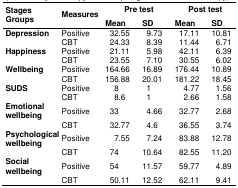
| <ROWSPAN=2> StagesGroups | <ROWSPAN=2> Measures | <COLSPAN=2> Pre test | <COLSPAN=2> Post test |
 | Mean | SD | Mean | SD |
 | --- | --- | --- | --- | --- | --- |
 | Depression | Positive | 032.55 | 09.73 | 017.11 | 10.81 |
 |  | CBT | 024.33 | 08.39 | 011.44 | 06.71 |
 | Happiness | Positive | 021.11 | 05.98 | 042.11 | 06.39 |
 |  | CBT | 023.55 | 07.10 | 030.55 | 06.02 |
 | Wellbeing | Positive | 164.66 | 16.89 | 176.44 | 10.89 |
 |  | CBT | 156.88 | 20.01 | 181.22 | 18.45 |
 | SUDS | Positive | 008 | 01 | 004.77 | 01.56 |
 |  | CBT | 008.6 | 01 | 002.66 | 01.58 |
 | Emotional wellbeing | Positive | 033 | 04.66 | 032.77 | 02.68 |
 |  | CBT | 032.77 | 04.6 | 036.55 | 03.74 |
 | Psychological wellbeing | Positive | 007.55 | 07.24 | 083.88 | 12.78 |
 |  | CBT | 074 | 10.64 | 082.55 | 11.20 |
 | Social wellbeing | Positive | 054 | 11.57 | 059.77 | 04.89 |
 |  | CBT | 050.11 | 12.52 | 062.11 | 09.41 |